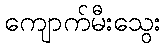
ကျောက်မီးသွေး